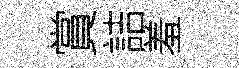
賞詰羞